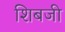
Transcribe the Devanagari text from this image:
शिबजी